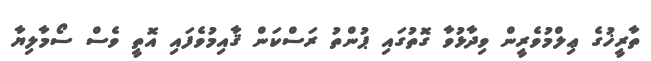
ތާރީޚުގެ ޢިލްމުވެރީން ވިދާޅުވާ ގޮތުގައި ޕުންތު ރަސްކަން ޤާއިމުވެފައި އޮތީ ވެސް ސޯމާލިޔާ